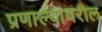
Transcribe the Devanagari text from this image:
प्रणाल्यांवरील